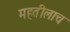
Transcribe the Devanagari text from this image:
महतीलाच